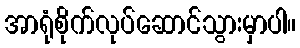
အာရုံစိုက်လုပ်ဆောင်သွားမှာပါ။